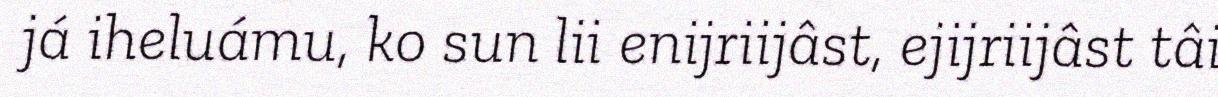
já iheluámu, ko sun lii enijriijâst, ejijriijâst tâi